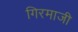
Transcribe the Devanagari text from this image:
गिरमाजी